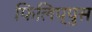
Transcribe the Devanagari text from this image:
फिलिप्पुस